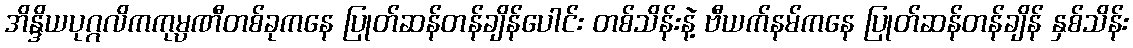
အိန္ဒိယပုဂ္ဂလိကကုမ္ပဏီတစ်ခုကနေ ပြုတ်ဆန်တန်ချိန်ပေါင်း တစ်သိန်းနဲ့ ဗီယက်နမ်ကနေ ပြုတ်ဆန်တန်ချိန် နှစ်သိန်း